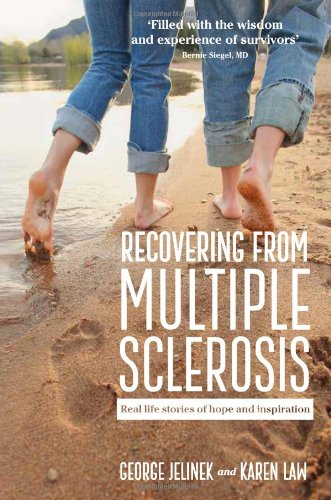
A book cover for Recovering from Multiple Sclerosis: Real Life Stories of Hope and Inspiration; George Jelinek; Health, Fitness & Dieting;